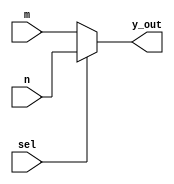
// This program was cloned from: https://github.com/ekb0412/100DaysofRTL
// License: Apache License 2.0

`timescale 1ns / 1ps

module mux2_1(
    input m,n,
    input sel,
    output y_out    
    );
    assign y_out= sel ? n : m;
endmodule

module full_adder(
    input a,b,cin,
    output sum, carry
    );
    wire [4:0]w;
    
    mux2_1 m0(1'b1, 1'b0, a, w[0]);
    mux2_1 m1(a, w[0], b, w[1]);
    mux2_1 m2(1'b1, 1'b0, w[1], w[2]);
    mux2_1 m3(w[1], w[2], cin, sum);
    
    mux2_1 m4(1'b0, w[1], cin, w[3]);
    mux2_1 m5(1'b0, a, b, w[4]);
    mux2_1 m6(w[3], w[4], w[4], carry);
        
endmodule